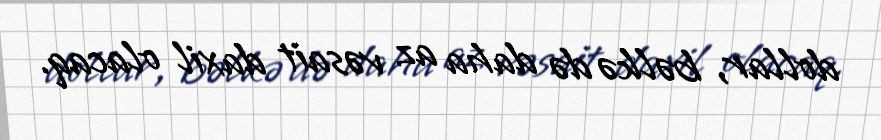
dollar, bəlkə də daha az vəsait daxil olacaq.